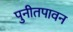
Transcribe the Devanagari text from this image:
पुनीतपावन